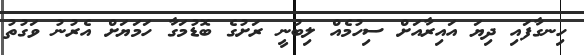
ހިނގާފައި ދިޔަ އައިރާއަށް ސިހުމެއް ލިބުނީ ރަށުގެ ބޮޑުމަގާ ހަމަޔަށް އެރުނު ވަގުތު